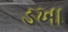
ડખા